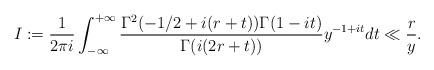
LaTeX: \begin{align*}I:= \frac{1}{2\pi i}\int_{-\infty}^{+\infty}\frac{\Gamma^2(-1/2+i(r+t))\Gamma(1-it)}{\Gamma(i(2r+t))}y^{-1+it}dt \ll \frac{r}{y}.\end{align*}